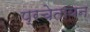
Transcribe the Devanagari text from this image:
प्रचेतायन